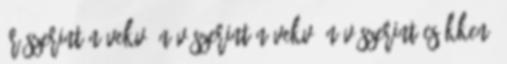
Ár szerint növekvő Név szerint növekvő Név szerint csökkenő